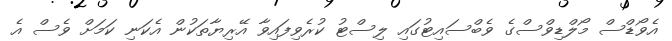
އެވޯޑްސް މޯލްޑިވްސްގެ ވެބްސައިޓުގައި ލިސްޓު ކުރެވިފައިވާ އޭރިޔާތަކުން އެކަނި ކަމަށް ވެސް އެ